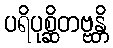
ပရိပုစ္ဆိတဗ္ဗန္တိ